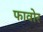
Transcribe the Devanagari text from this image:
फावोर